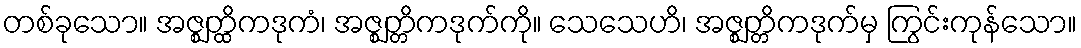
တစ်ခုသော။ အဇ္ဈတ္ထိကဒုကံ၊ အဇ္ဈတ္တိကဒုက်ကို။ သေသေဟိ၊ အဇ္ဈတ္တိကဒုက်မှ ကြွင်းကုန်သော။